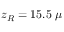
z _ { R } = 1 5 . 5 ~ \mu